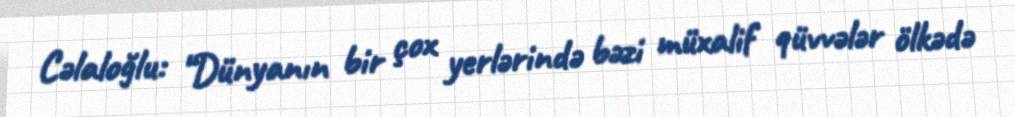
Cəlaloğlu: “Dünyanın bir çox yerlərində bəzi müxalif qüvvələr ölkədə